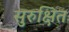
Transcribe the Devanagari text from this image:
सुरुक्षित